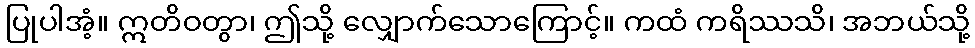
ပြုပါအံ့။ ဣတိဝတွာ၊ ဤသို့ လျှောက်သောကြောင့်။ ကထံ ကရိဿသိ၊ အဘယ်သို့